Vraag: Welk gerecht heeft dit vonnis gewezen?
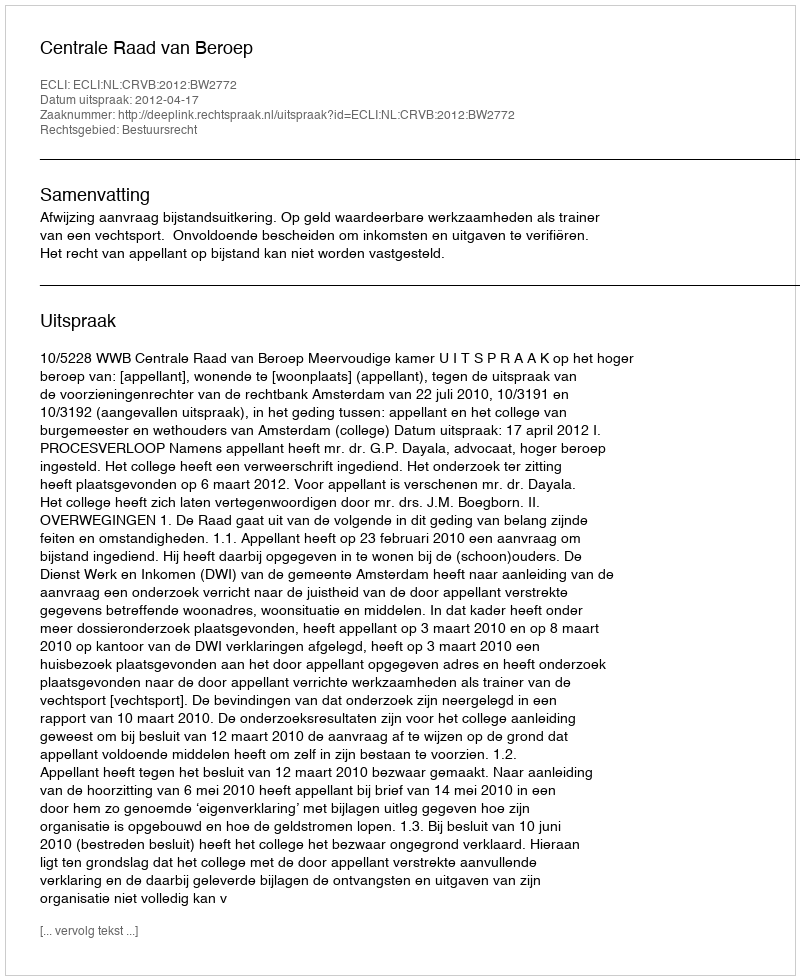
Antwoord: Centrale Raad van Beroep